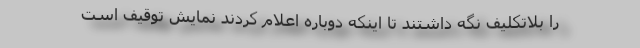
را بلاتکلیف نگه داشتند تا اینکه دوباره اعلام کردند نمایش توقیف است